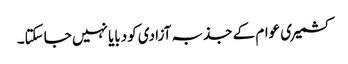
کشمیری عوام کے جذبہ آزادی کودبایا نہیں جاسکتا۔